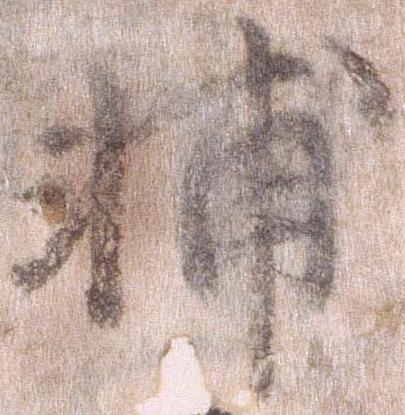
輔